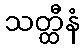
သတ္ထီနံ